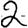
Digit: 2